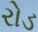
રોડ